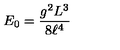
E _ { 0 } = \frac { g ^ { 2 } L ^ { 3 } } { 8 \ell ^ { 4 } }